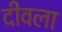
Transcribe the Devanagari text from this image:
दीवला